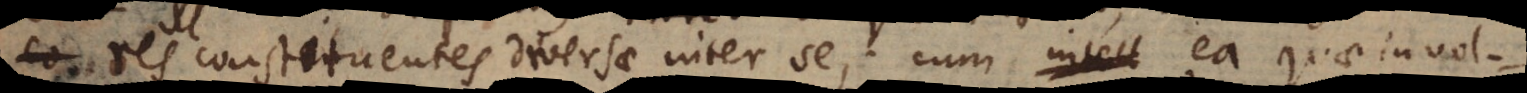
res constituentes diversae inter se; cum intell ea quae invol